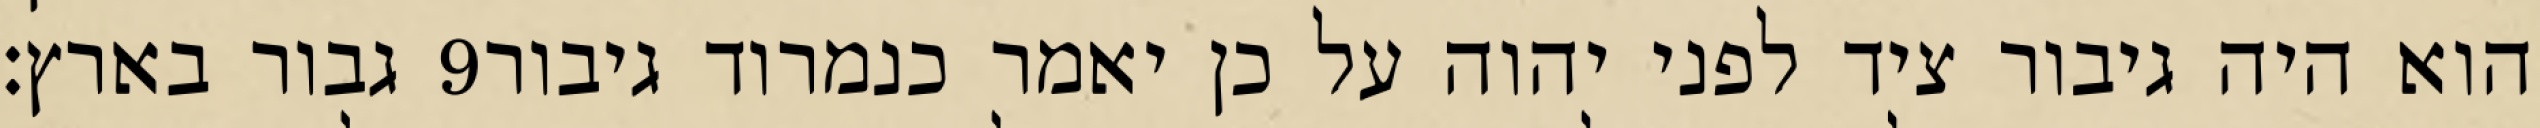
גבור בארץ׃ ‎9‏ הוא היה גיבור ציד לפני יהוה על כן יאמר כנמרוד גיבור